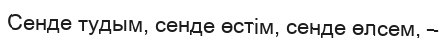
Сенде тудым, сенде өстім, сенде өлсем, –